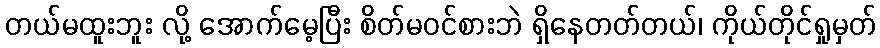
တယ်မထူးဘူး လို့ အောက်မေ့ပြီး စိတ်မဝင်စားဘဲ ရှိနေတတ်တယ်၊ ကိုယ်တိုင်ရှုမှတ်